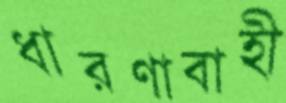
ধারণাবাহী